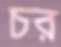
চর